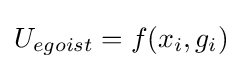
U_{egoist}=f(x_{i},g_{i})